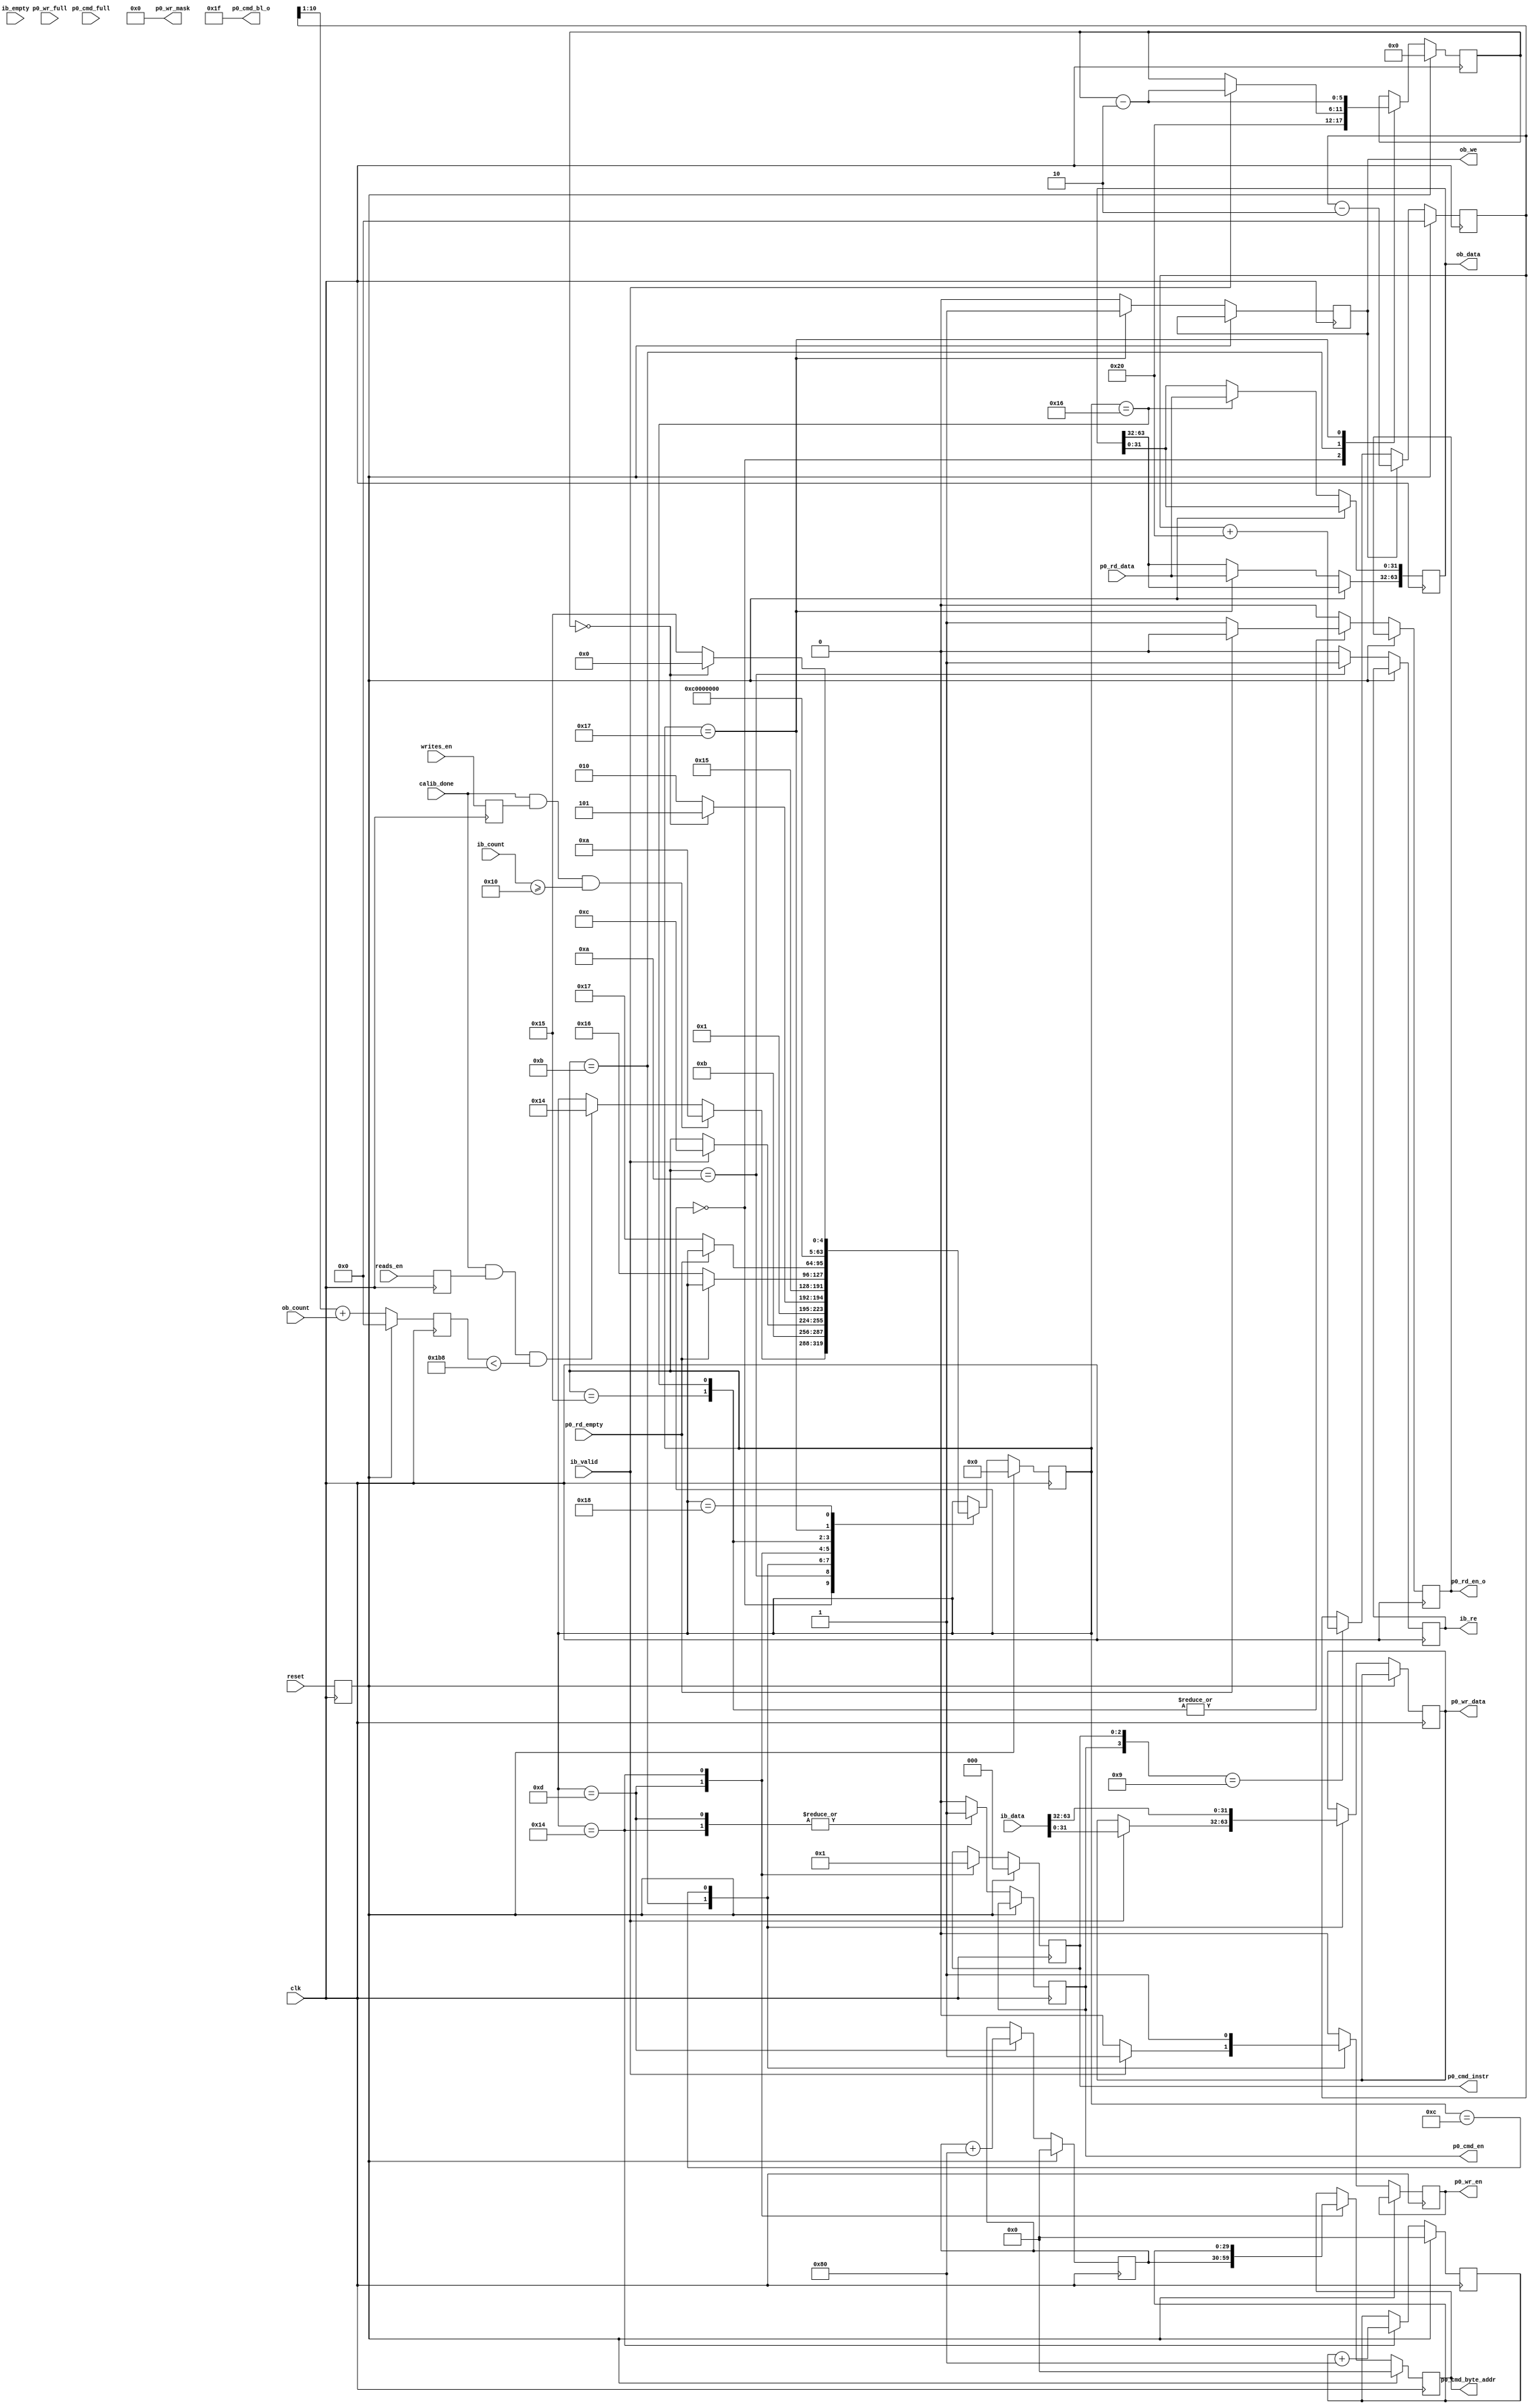

`timescale 1ns/1ps
//`default_nettype none

module ddr2_test
	(
	input  wire          clk,
	input  wire          reset,
	input  wire          writes_en,
	input  wire          reads_en,
	input  wire          calib_done, 
	//DDR Input Buffer (ib_)
	output reg           ib_re,
	input  wire [63:0]   ib_data,
	input  wire [8:0]    ib_count,
	input  wire          ib_valid,
	input  wire          ib_empty,
	//DDR Output Buffer (ob_)
	output reg           ob_we,
	output reg  [63:0]   ob_data,
	input  wire [8:0]    ob_count,
	
	output reg           p0_rd_en_o, 
	input  wire          p0_rd_empty,
	input  wire [31:0]   p0_rd_data,
	
	input  wire          p0_cmd_full,
	output reg           p0_cmd_en,
	output reg  [2:0]    p0_cmd_instr,
	output reg  [29:0]   p0_cmd_byte_addr,
	output wire [5:0]    p0_cmd_bl_o, 
	input  wire          p0_wr_full,
	output reg           p0_wr_en,
	output reg  [31:0]   p0_wr_data,
	output wire [3:0]    p0_wr_mask
	);

localparam BURST_LEN      = 32;  // Number of 32bit user words per command 
                                 // Must be multipleof two for this example                

wire        rd_fifo_afull;
reg  [29:0] cmd_byte_addr_wr, cmd_byte_addr_rd;
reg  [5:0]  burst_cnt;

reg         write_mode;
reg         read_mode;
reg         reset_d;

reg  [10:0] reads_queued;
reg  [10:0] ob_used;


assign p0_cmd_bl_o = BURST_LEN - 1;
assign p0_wr_mask = 4'b0000;

always @(posedge clk) write_mode <= writes_en;
always @(posedge clk) read_mode <= reads_en;
always @(posedge clk) reset_d <= reset;


integer state;
localparam s_idle  = 0,
           s_write1 = 10,
           s_write2 = 11,
           s_write3 = 12,
           s_write4 = 13,
           s_read1 = 20,
           s_read2 = 21,
           s_read3 = 22,
           s_read4 = 23,
           s_read5 = 24;
always @(posedge clk) begin
	if (reset_d) begin
		state           <= s_idle;
		burst_cnt       <= 3'b000;
		reads_queued    <= 0;
		ob_used         <= 0;
		cmd_byte_addr_wr  <= 0;
		cmd_byte_addr_rd  <= 0;
		p0_cmd_instr <= 3'b0;
		p0_cmd_byte_addr <= 30'b0;
	end else begin
		p0_cmd_en  <= 1'b0;
		p0_wr_en <= 1'b0;
		ib_re <= 1'b0;
		p0_rd_en_o   <= 1'b0;
		ob_we <= 1'b0;


		// We can't use FIFO fullness to throttle our reads due to latency of
		// requesting a read and completing it.  We need to keep track of
		// queued reads so that we don't overflow when those reads complete.
		if ({p0_cmd_en, p0_cmd_instr} == 4'b1001) reads_queued <= reads_queued + BURST_LEN;
		if (ob_we==1) reads_queued <= reads_queued - 2;
		ob_used <= reads_queued[10:1] + ob_count;


		case (state)
			s_idle: begin
				burst_cnt <= BURST_LEN;

				// only start writing when initialization done
				if (calib_done==1 && write_mode==1 && (ib_count >= BURST_LEN/2)) begin
					state <= s_write1;
				end else if (calib_done==1 && read_mode==1 && (ob_used<440) ) begin
					state <= s_read1;
				end
			end

			s_write1: begin
				state <= s_write2;
				ib_re <= 1'b1;
			end

			s_write2: begin
				if(ib_valid==1) begin
					p0_wr_data <= ib_data[31:0];
					p0_wr_en   <= 1'b1;
					burst_cnt <= burst_cnt - 2;
					state <= s_write3;
				end
			end
			
			s_write3: begin
				p0_wr_data <= ib_data[63:32];
				p0_wr_en   <= 1'b1;
				if (burst_cnt == 3'd0) begin
					state <= s_write4;
				end else begin
					state <= s_write1;
				end
			end
			
			s_write4: begin
				p0_cmd_en    <= 1'b1;
				p0_cmd_byte_addr    <= cmd_byte_addr_wr;
				cmd_byte_addr_wr <= cmd_byte_addr_wr + 4*BURST_LEN;
				p0_cmd_instr     <= 3'b000;
				state <= s_idle;
			end

			s_read1: begin
				p0_cmd_byte_addr    <= cmd_byte_addr_rd;
				cmd_byte_addr_rd <= cmd_byte_addr_rd + 4*BURST_LEN;
				p0_cmd_instr     <= 3'b001;
				p0_cmd_en    <= 1'b1;
				state <= s_read2;
			end
			
			s_read2: begin
				if(p0_rd_empty==0) begin
					p0_rd_en_o   <= 1'b1;
					state <= s_read3;
				end
			end
			
			s_read3: begin
				ob_data[31:0] <= p0_rd_data;
				if(p0_rd_empty==0) begin
					p0_rd_en_o <= 1'b1;
					state <= s_read4;
				end			
			end
			
			s_read4: begin
				ob_data[63:32] <= p0_rd_data;
				ob_we <= 1'b1;
				burst_cnt <= burst_cnt - 2;
				state <= s_read5;
			end
			
			s_read5: begin
				if (burst_cnt == 3'd0) begin
					state <= s_idle;
				end else begin
					state <= s_read2;
				end
			end
			
				
		endcase
	end
end


endmodule